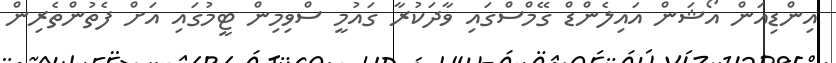
އިންޑިއަން އޯޝަން އައިލެންޑް ގޭމްސްގައި ވާދަކުރާ ގައުމީ ސްވިމިން ޓީމުގައި އަށް ފެތުންތެރިން